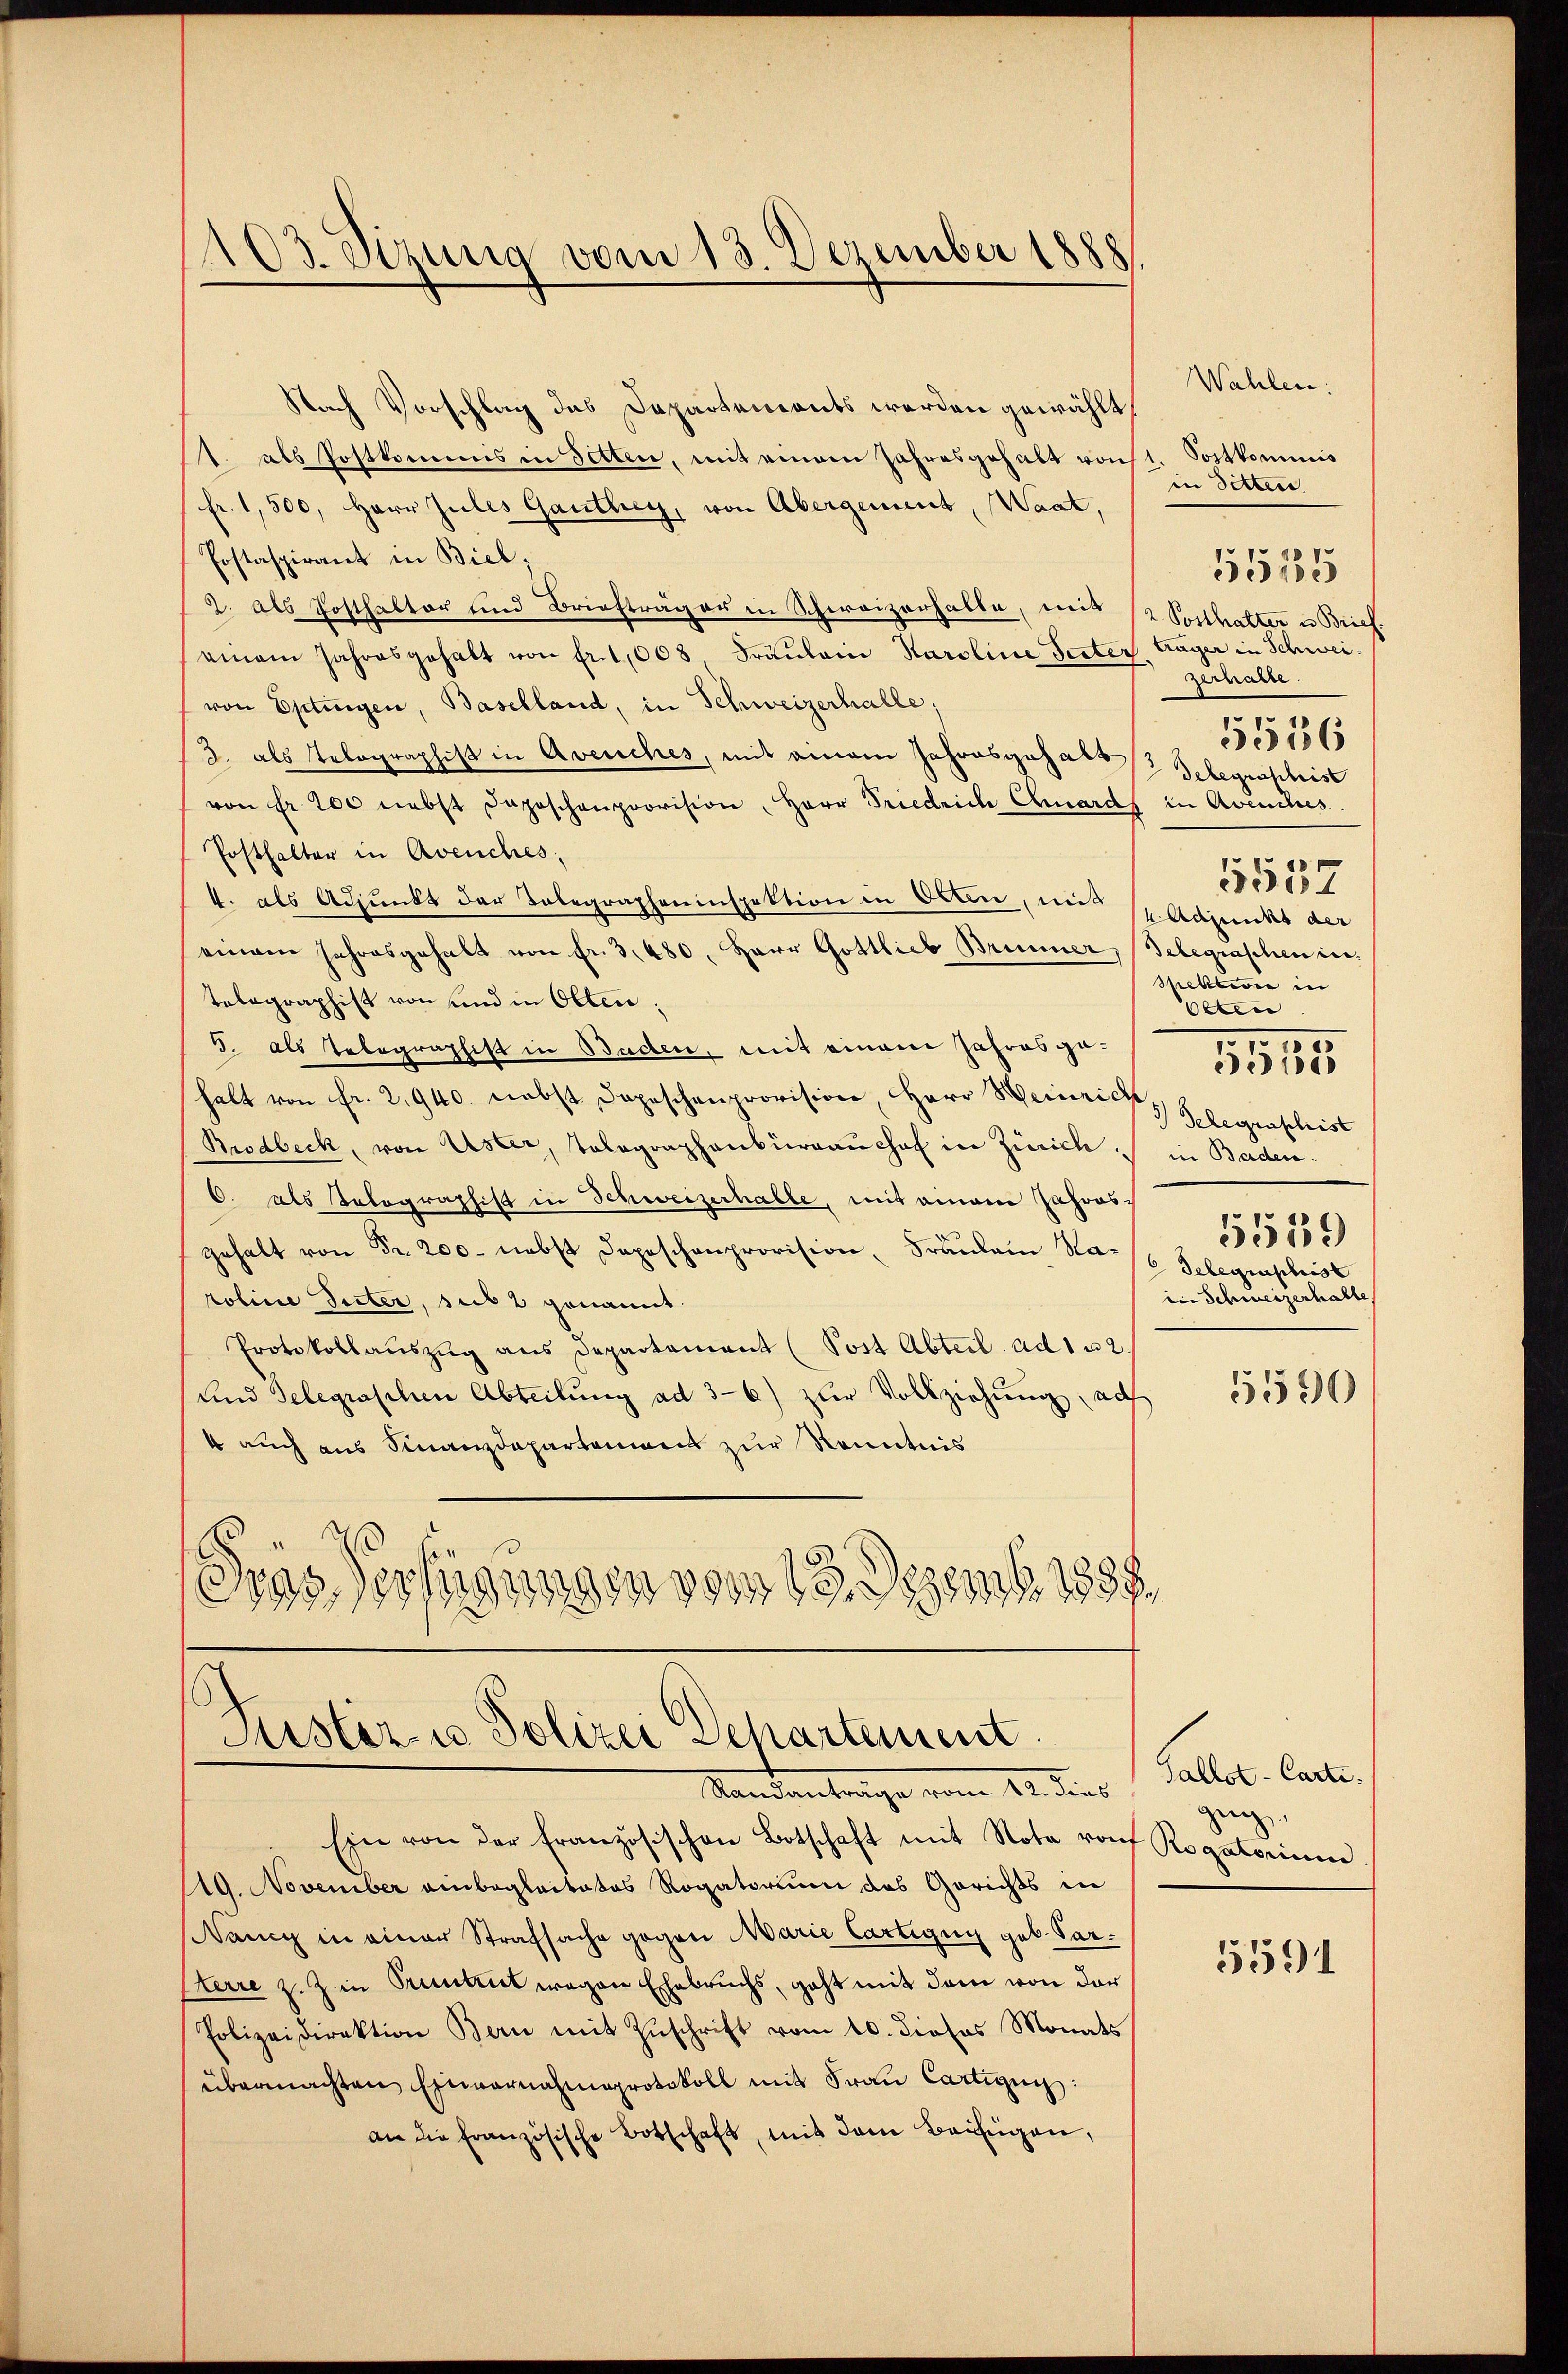
103. Sizung vom 13. Dezember 1888

Fister- u Polizei Departement.
Standentrage vom 12. dies

Nach Vorschlag des Departements werden gewählt
. als Postkommis in Sitten, mit einem Jahresgehalt von 1. Sostkommis
fr. 1,500, Herr Jules Ganthey, von Abergement, Waat,
Postaspirant in Biel,
2. als Posthalter und Briefträger in Schweizerhalte, uns (2. Posthalter u Brief.
einem Jahresgehalt von fr. 1008 Fräulein Karoline Seiter Lager in Schweivon Eptingen, Baselland, in Schweizerhalle;
3. als Telegraphist in Avenches, mit einem Jahresgehalt Gelegraschist
von Fr. 200 nebst Depeschenprovision, Herr Friedrich Chards in Avenches.
Posthalter in Avenches
4. als Adjunkt der Telegrapheninspektion in Oben, und Adjunkt der
einem Jahresgehalt von fr. 3. 480. Herr Gottlieb Brunner, Belegraschen intebagraphist von und in Olten;
5. als Telegraphist in Baden, mit einem Jahres ga
halt von Fr. 2,940. nebst Depeschenprovision, Herr Weinrich
Brodbeck, von Uster, Tolographenbüreaŭchof in Zürich in Baden¬
C. als Telegraphist in Schweizerhalte, mit einem Jahres-
gehalt von Fr. 200. nebst Depeschenprovision, Fräulein No. 16. Telegraphist
roline Suter, sub 2 genannt.
Protokollauszug aus Departement (Post Abteil ad 102.
und Telegraschen Abteilung ad 36) zur Vollziehung, ach
4 auch aus Finanzdepartement zur Kenntnis
Gras Verfügungen vom 13. Dezemb. 1888.
s

Ein von der Französischen Botschaft mit Nota von Rogatorinne
19. November einbegleitetes Rogatorium das Gerichts in
Nancy in einer Strafsache gegen Marie Cartigny geb. Parsterre z. Z. in Pruntrut wegen Ehebruchs, geht mit dem von der
Polizeidirektion Bern mit Zŭschrift vom 10. dieses Monats
übermachten Einvernahmsprotokoll mit Frau Cartigny:
an die französische Botschaft, mit dem Beifügen,

Wahlen:
in Sitter
zerhalte
5556
spektivie in
Olten
1
5011
J Gelegraphist
5559
in Schweizerhalle
5590

55135

.

8
351

Gallot-Carti
geg

5591